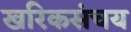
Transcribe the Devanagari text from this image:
खरिकसंचय